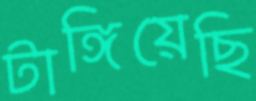
টাঙ্গিয়েছি